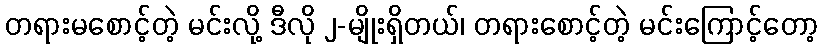
တရားမစောင့်တဲ့ မင်းလို့ ဒီလို ၂-မျိုးရှိတယ်၊ တရားစောင့်တဲ့ မင်းကြောင့်တော့